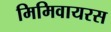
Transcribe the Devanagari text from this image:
मिमिवायरस